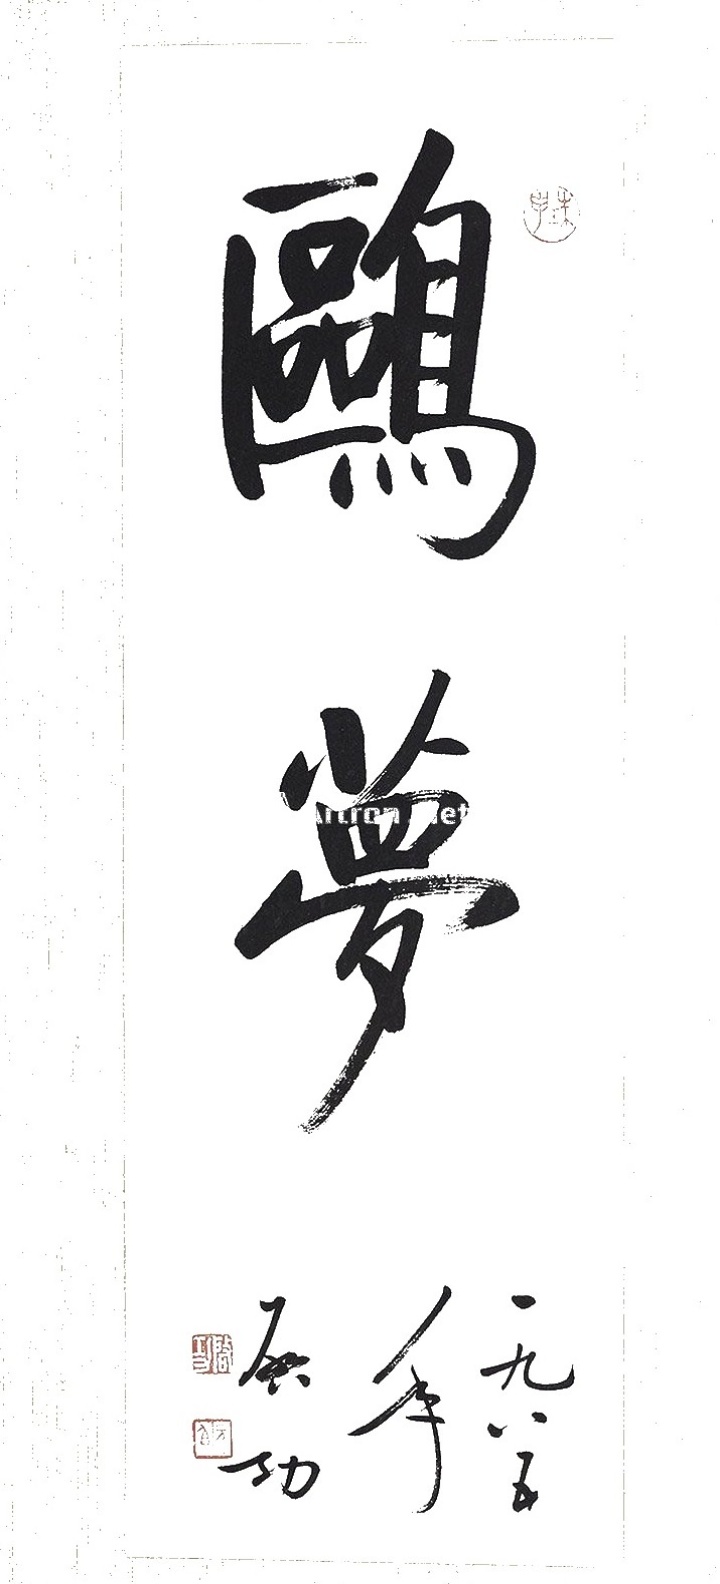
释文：鸥梦。一九八五年，启功。